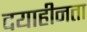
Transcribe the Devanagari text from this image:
दयाहीनता